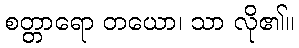
စတ္တာရော တယော၊ သာ လို၏။